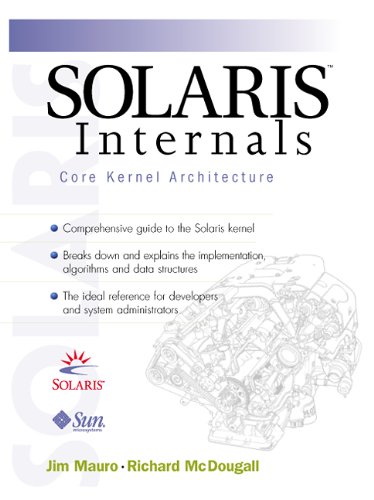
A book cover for SolarisÂ¿ Internals (Vol 1); Jim Mauro; Computers & Technology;